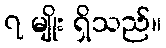
၇ မျိုး ရှိသည်။